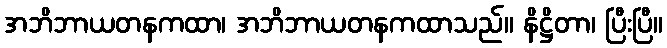
အဘိဘာယတနကထာ၊ အဘိဘာယတနကထာသည်။ နိဋ္ဌိတာ၊ ပြီးပြီ။